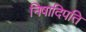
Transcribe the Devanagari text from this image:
निषादिपति